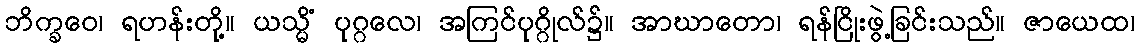
ဘိက္ခဝေ၊ ရဟန်းတို့။ ယသ္မိံ ပုဂ္ဂလေ၊ အကြင်ပုဂ္ဂိုလ်၌။ အာဃာတော၊ ရန်ငြိုးဖွဲ့ခြင်းသည်။ ဇာယေထ၊